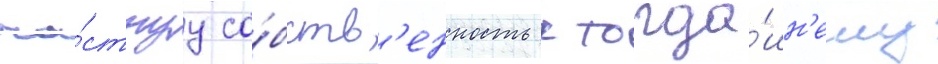
ча́стнуу со́бств'енность к тогда́шн'ему